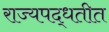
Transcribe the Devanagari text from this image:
राज्यपद्धतीत